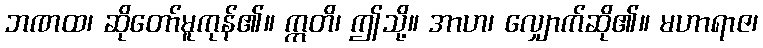
ဘဏထ၊ ဆိုတော်မူကုန်၏။ ဣတိ၊ ဤသို့။ အာဟ၊ လျှောက်ဆို၏။ မဟာရာဇ၊